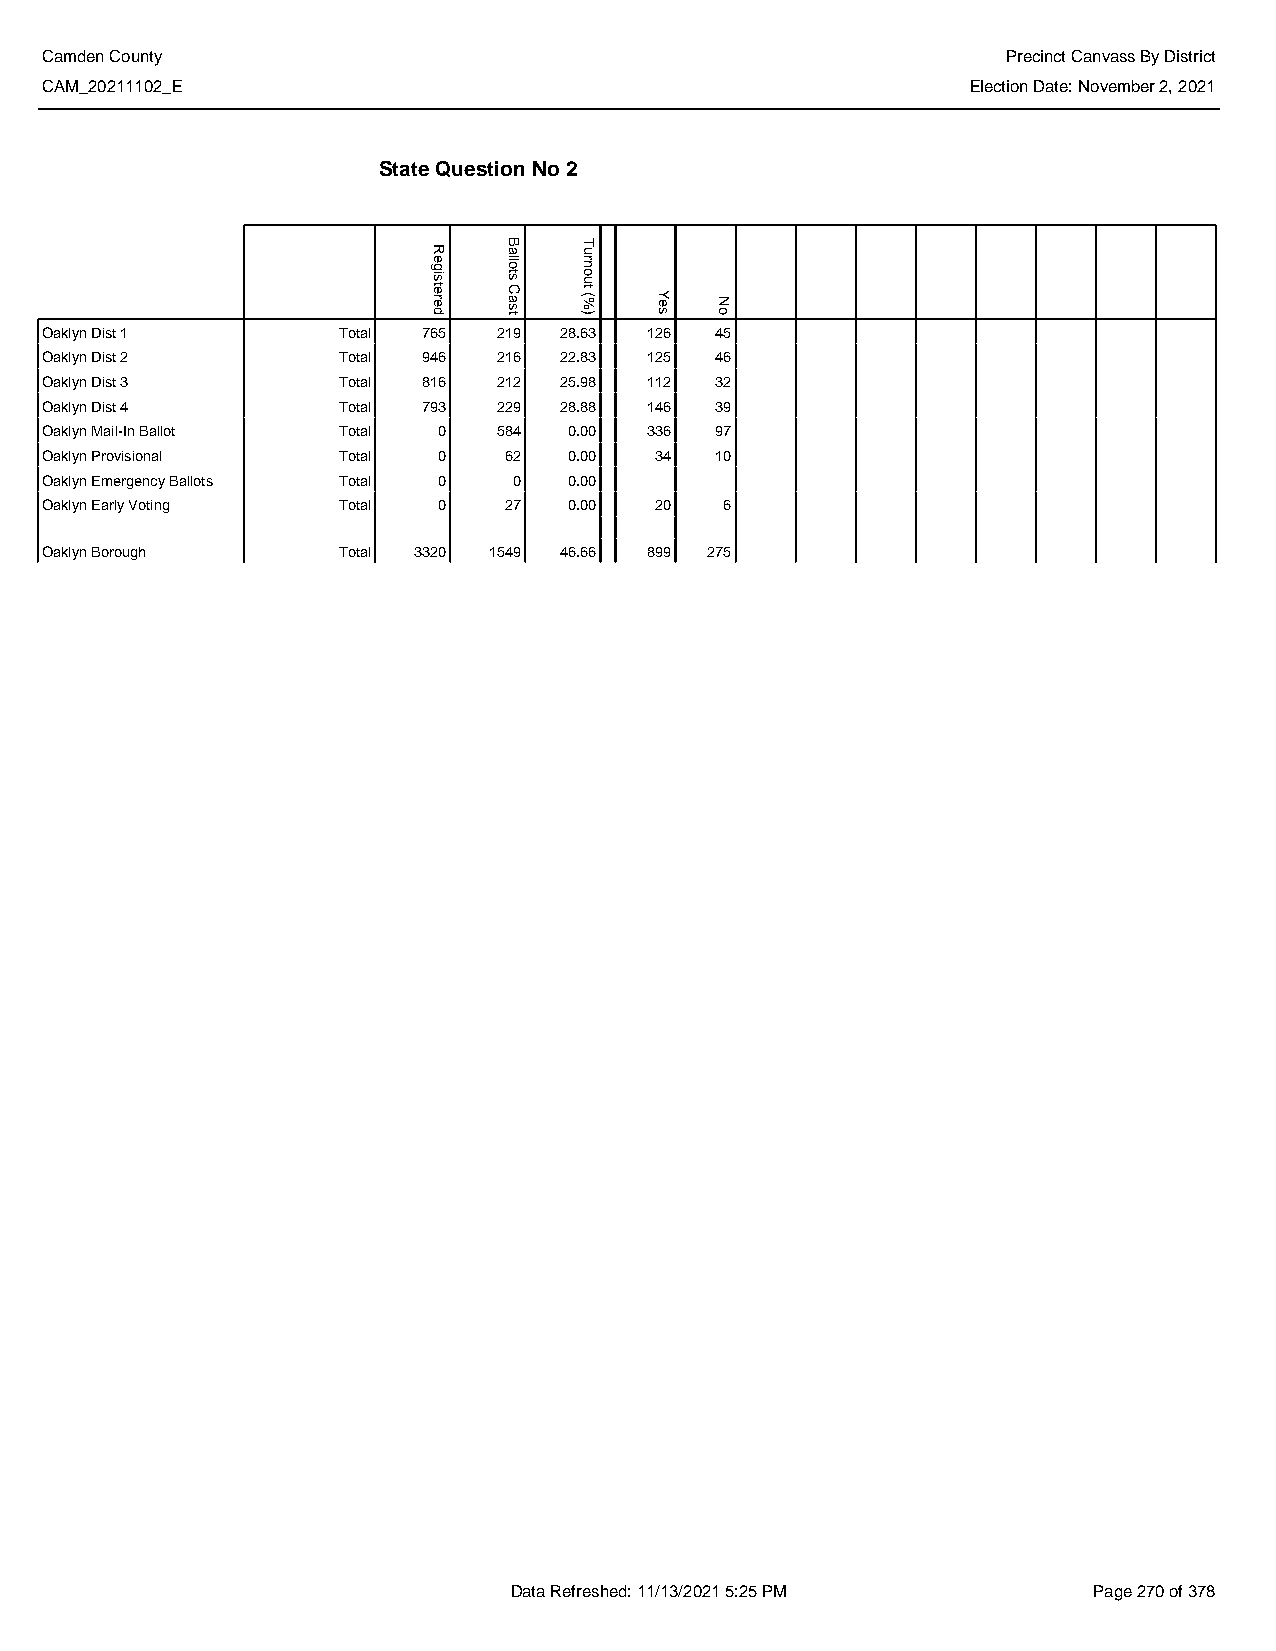
Camden County                                                   Precinct Canvass By District
 CAM_20211102_E                                               Election Date: November 2, 2021
 State Question No 2
 Oaklyn Dist 1      Total 765  219 28.63 126 45
 Oaklyn Dist 2      Total 946  216 22.83 125 46
 Oaklyn Dist 3      Total 816  212 25.98 112 32
 Oaklyn Dist 4      Total 793  229 28.88 146 39
 Oaklyn Mail-In Ballot Total 0 584  0.00 336 97
 Oaklyn Provisional Total  0   62   0.00 34  10
 Oaklyn Emergency Ballots Total 0 0 0.00
 Oaklyn Early Voting Total 0   27   0.00 20   6
 Oaklyn Borough     Total 3320 1549 46.66 899 275
 Data Refreshed: 11/13/2021 5:25 PM    Page 270 of 378
 Registered
 Ballots
 Cast
 Turnout
 (%)  Yes No